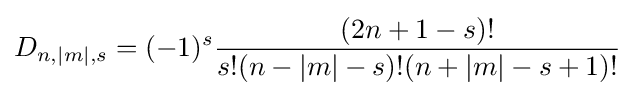
D_{n,|m|,s}=(-1)^{s}{\frac {(2n+1-s)!}{s!(n-|m|-s)!(n+|m|-s+1)!}}